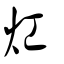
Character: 灴